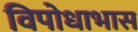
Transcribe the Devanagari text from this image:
विपोधाभास